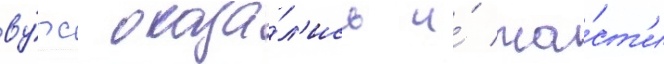
ву́рс оказа́л'ись и́ ча́ст'и